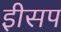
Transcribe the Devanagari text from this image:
इीसप